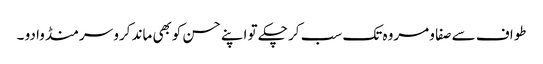
طواف سے صفا و مروہ تک سب کر چکے تو اپنے حسن کوبھی ماند کرو سر منڈوا دو ۔